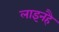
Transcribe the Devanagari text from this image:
लाइनहै